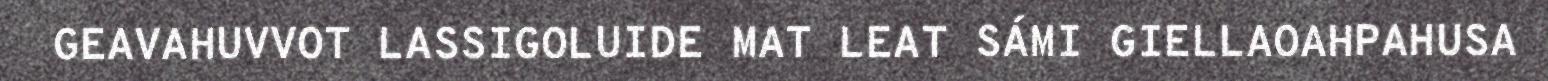
GEAVAHUVVOT LASSIGOLUIDE MAT LEAT SÁMI GIELLAOAHPAHUSA